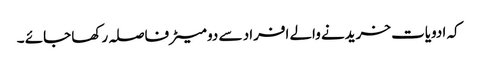
کہ ادویات خریدنے والے افراد سے دو میٹرفاصلہ رکھا جائے ۔